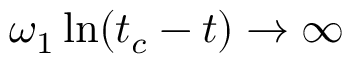
\omega _ { 1 } \ln ( t _ { c } - t ) \to \infty